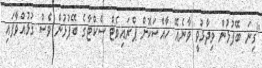
"ގިނަ ބޭފުޅުން ވިދާޅުވީ ވާނެއޭ ހާއްސަކޮށް ޕްރައިވެޓް ސެކްޓާގެ ބޭފުޅުން ވެސް ގުޅުއްވާފައި